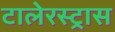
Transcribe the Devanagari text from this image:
टालेरस्ट्रास